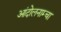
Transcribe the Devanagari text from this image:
आंदोलनाम्चा